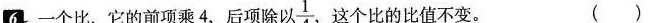
6一个比，它的前项乘4，后项除以 $$\frac{1}{4}$$ ，这个比的比值不变。( )